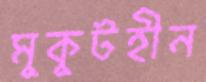
মুকুটহীন